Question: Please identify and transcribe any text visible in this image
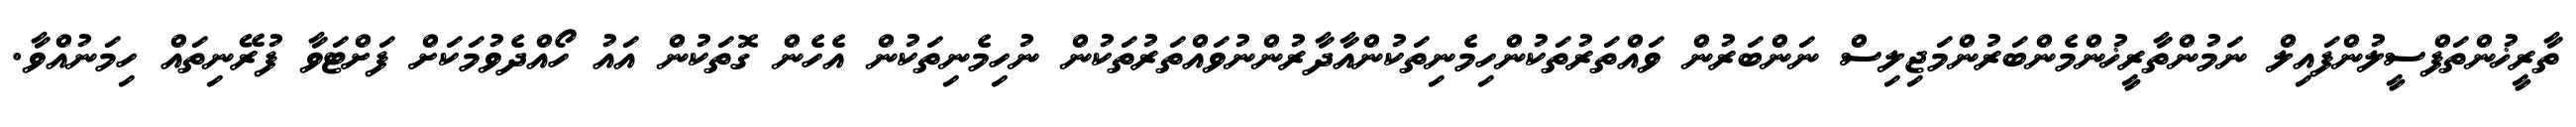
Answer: ތާރީޚުންތަފްސީލުންފައިލް ނަމުންތާރީޚުންމެންބަރުންމަޖިލިސް ނަންބަރުން ވައްތަރުތަކުންހިމެނިތަކުންއާދާރުންނުވައްތަރުތަކުން ނުހިމެނިތަކުން އެހެން ގޮތަކުން އައު ހޯއްދެވުމަކަށް ފަށްޓަވާ ފުރޭނިތައް ހިމަނުއްވާ.